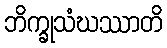
ဘိက္ခုသံဃဿာတိ